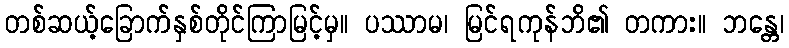
တစ်ဆယ့်ခြောက်နှစ်တိုင်ကြာမြင့်မှ။ ပဿာမ၊ မြင်ရကုန်ဘိ၏ တကား။ ဘန္တေ၊